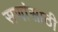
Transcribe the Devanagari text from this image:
सणांसाठी